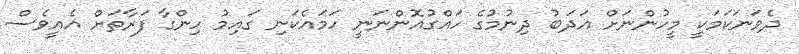
ދެވަނަކަމަކީ މީހުންނަށް އަދަބު ދިނުމުގެ ހައްގުއޮންނަނީ ހަމައެކަނި ގައިމު ހިންގާ ފަރާތަށް އެއީވެސް